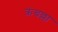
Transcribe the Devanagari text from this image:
क्रंचल्ला